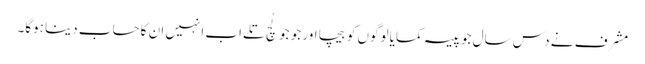
مشرف نے دس سال جو پیسہ کمایا لوگوں کو بیچا اور جو جو لُچ تلے اب انہیں ان کا حساب دینا ہوگا۔